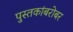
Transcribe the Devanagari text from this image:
पुस्तकांबरोबर